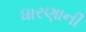
ધારણાની